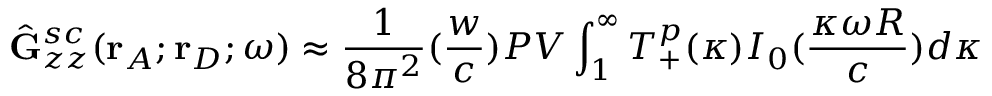
\hat { \mathbf { G } } _ { z z } ^ { s c } ( \mathbf { r } _ { A } ; \mathbf { r } _ { D } ; \omega ) \approx \frac { 1 } { 8 { \pi ^ { 2 } } } ( \frac { w } { c } ) P V \int _ { 1 } ^ { \infty } T _ { + } ^ { p } ( \kappa ) I _ { 0 } ( \frac { \kappa \omega R } { c } ) d { \kappa }